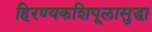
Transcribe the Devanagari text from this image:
हिरण्यकशिपूलासुद्धा